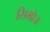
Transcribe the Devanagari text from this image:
सिमोज